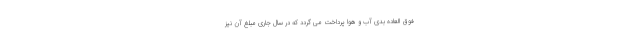
فوق العاده بدی آب و هوا پرداخت می گردد که در سال جاری مبلغ آن نیز